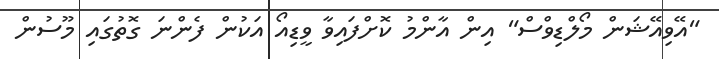
"އޭވިއޭޝަން މޯލްޑިވްސް" އިން އާންމު ކޮށްފައިވާ ވީޑިއޯ އަކުން ފެންނަ ގޮތުގައި މޫސުން